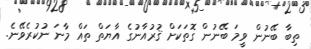
ތިބާ ބޭނުން ވީމަ ބޭނުން ގޮތަކަށް ޤުރުއާނުގެ އާޔަތް ތައް މާނަ ނުކުރެވޭނެ.